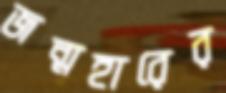
জন্মহারের